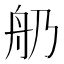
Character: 𦨋